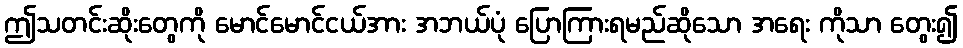
ဤသတင်းဆိုးတွေကို မောင်မောင်ငယ်အား အဘယ်ပုံ ပြောကြားရမည်ဆိုသော အရေး ကိုသာ တွေး၍